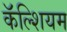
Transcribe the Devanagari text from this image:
कॅॅल्शियम